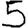
Digit: 5